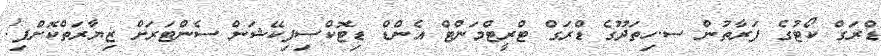
ޑްރަގް ކޯޓުގެ ފަރާތުން ސ.ހިތަދޫގެ ޑްރަގް ޓްރީޓްމަންޓް އެންޑް ޑިޓޮކްސިފިކޭޝަން ސެންޓަރަށް ޒިޔާރަތްކޮށްފި!